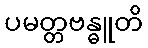
ပမတ္တဗန္ဓူတိ